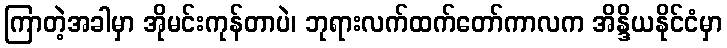
ကြာတဲ့အခါမှာ အိုမင်းကုန်တာပဲ၊ ဘုရားလက်ထက်တော်ကာလက အိန္ဒိယနိုင်ငံမှာ